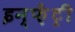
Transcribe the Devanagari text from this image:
इन्फ़ेंट्री